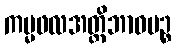
ကမ္မဖလအတ္တိဘာဝပဉ္စ